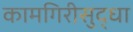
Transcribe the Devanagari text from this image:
कामगिरीसुद्धा